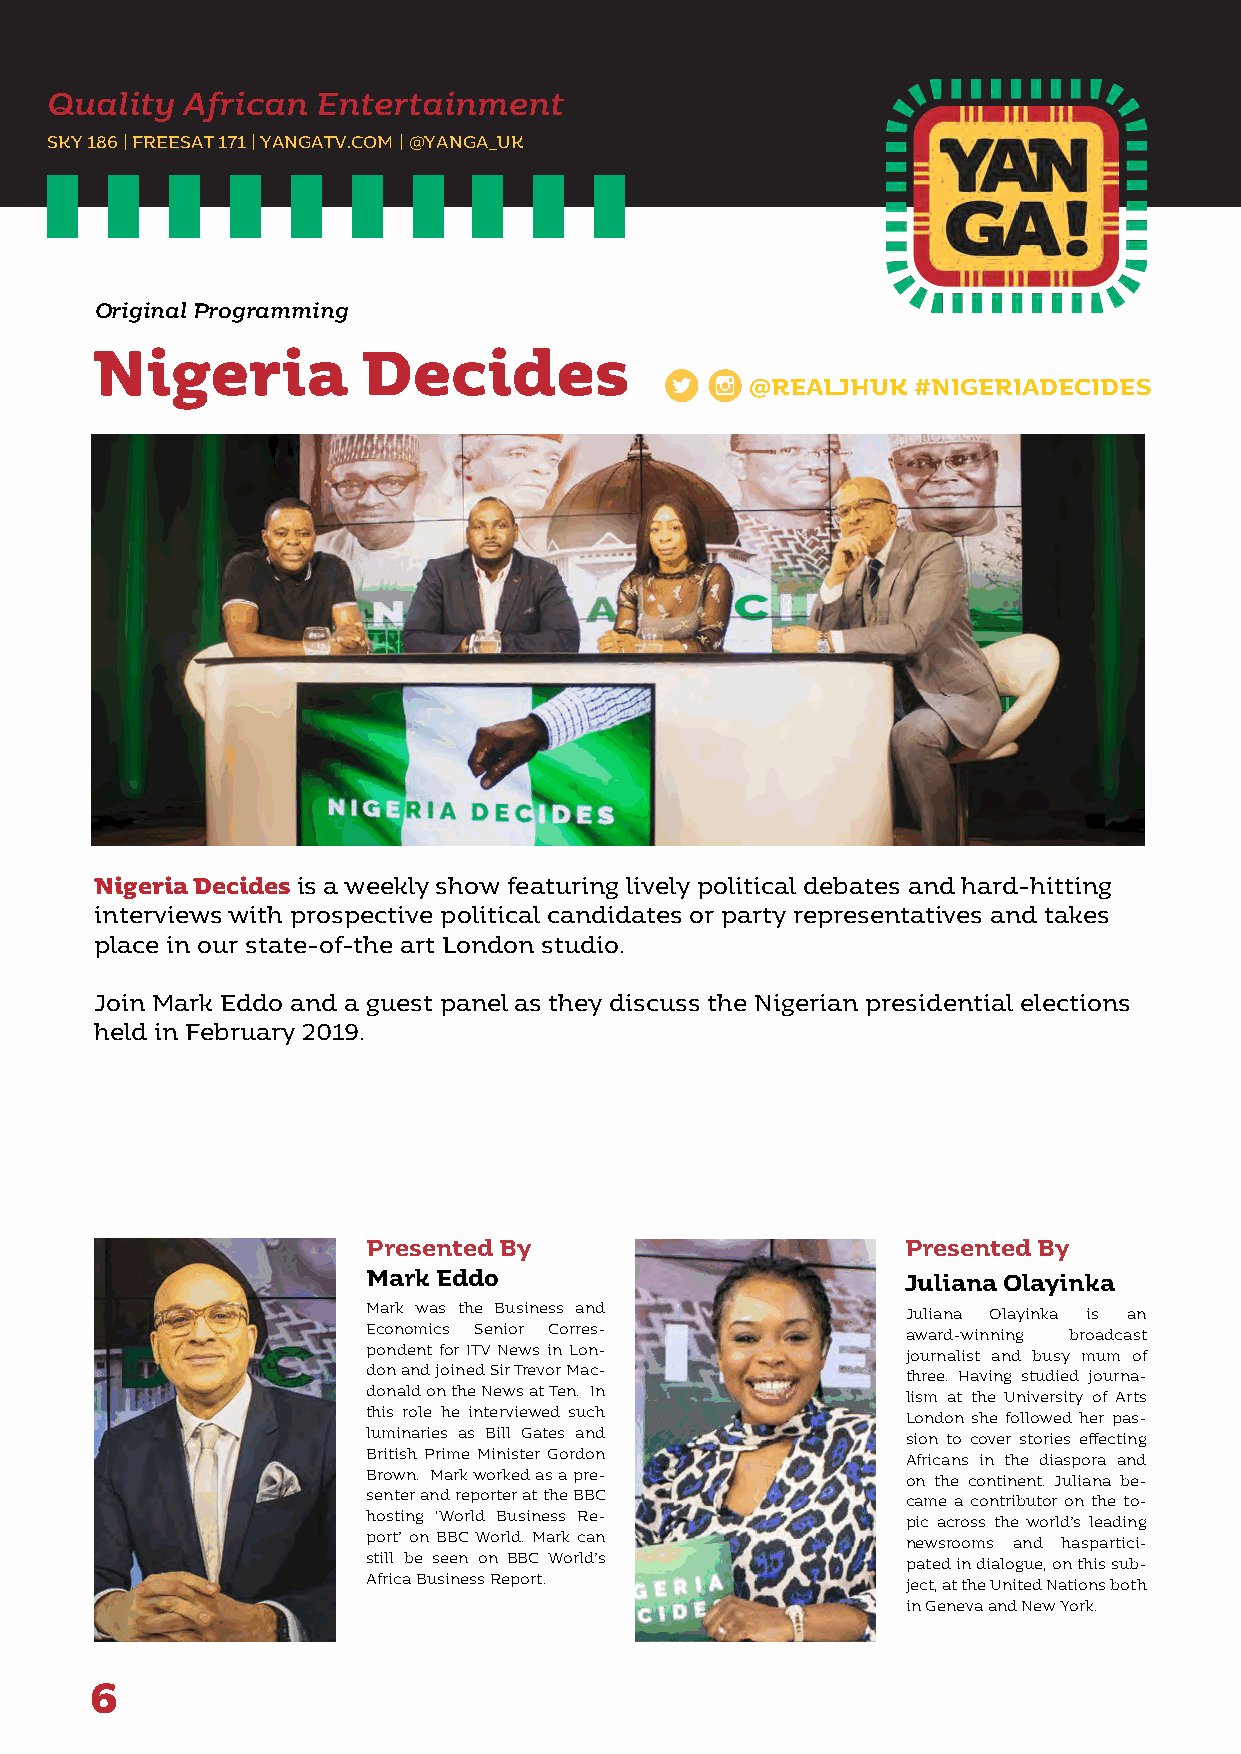
Quality  African  Entertainment
 SKY 186 | FREESAT 171 | YANGATV.COM | @YANGA_UK
 Original Programming
 Nigeria           Decides
 @REALJHUK #NIGERIADECIDES
 Nigeria Decides is a weekly show featuring lively political debates and hard-hitting
 interviews with prospective political candidates or party representatives and takes
 place in our state-of-the art London studio.
 Join Mark Eddo and a guest panel as they discuss the Nigerian presidential elections
 held in February 2019.
 Presented By                        Presented By
 Mark Eddo                           Juliana Olayinka
 Mark was the Business and           Juliana Olayinka is an
 Economics Senior Corres-            award-winning broadcast
 pondent for ITV News in Lon-        journalist and busy mum of
 don and joined Sir Trevor Mac-      three. Having studied journa-
 donald on the News at Ten. In       lism at the University of Arts
 this role he interviewed such       London she followed her pas-
 luminaries as Bill Gates and        sion to cover stories effecting
 British Prime Minister Gordon       Africans in the diaspora and
 Brown. Mark worked as a pre-        on the continent. Juliana be-
 senter and reporter at the BBC      came a contributor on the to-
 hosting ‘World Business Re-         pic across the world’s leading
 port’ on BBC World. Mark can        newsrooms and haspartici-
 still be seen on BBC World’s        pated in dialogue, on this sub-
 Africa Business Report.             ject, at the United Nations both
 in Geneva and New York.
 6